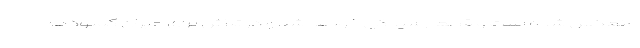
منعکس شده است و قطعا رسیدگی خواهد شد و در تلاش برای جبران کمبودها